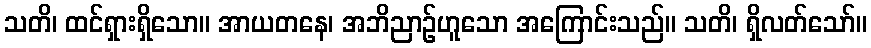
သတိ၊ ထင်ရှားရှိသော။ အာယတနေ၊ အဘိညာဉ်ဟူသော အကြောင်းသည်။ သတိ၊ ရှိလတ်သော်။